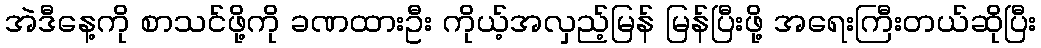
အဲဒီနေ့ကို စာသင်ဖို့ကို ခဏထားဦး ကိုယ့်အလှည့်မြန် မြန်ပြီးဖို့ အရေးကြီးတယ်ဆိုပြီး